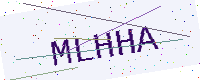
Text: MLHHA